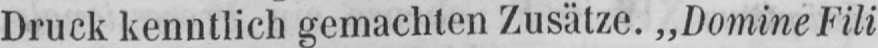
Druck kenntlich gemachten Zusätze. „Domine Fili